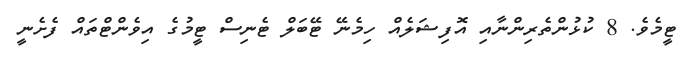
ޓީމެވެ. 8 ކުޅުންތެރިންނާއި އޮފިޝަލެއް ހިމެނޭ ޓޭބަލް ޓެނިސް ޓީމުގެ އިވެންޓްތައް ފެށެނީ